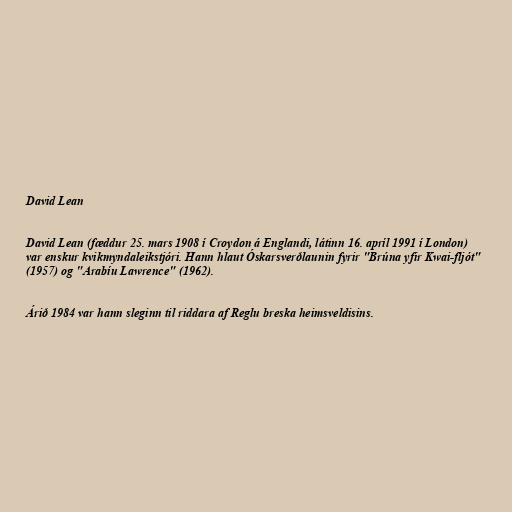
David Lean

David Lean (fæddur 25. mars 1908 í Croydon á Englandi, látinn 16. apríl 1991 í London)
var enskur kvikmyndaleikstjóri. Hann hlaut Óskarsverðlaunin fyrir "Brúna yfir Kwai-fljót"
(1957) og "Arabíu Lawrence" (1962).

Árið 1984 var hann sleginn til riddara af Reglu breska heimsveldisins.